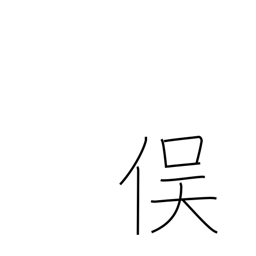
Meaning: junction